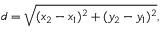
d = { \sqrt { ( x _ { 2 } - x _ { 1 } ) ^ { 2 } + ( y _ { 2 } - y _ { 1 } ) ^ { 2 } } } ,